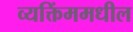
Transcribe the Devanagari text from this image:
व्यक्तिंममधील